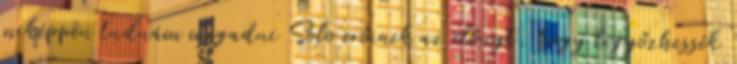
miképpen tudnám megadni Solo erőinek az előnyt, hogy legyőzhessék